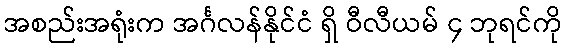
အစည်းအရုံးက အင်္ဂလန်နိုင်ငံ ရှိ ဝီလီယမ် ၄ ဘုရင်ကို